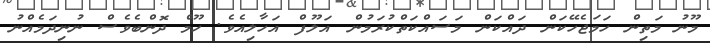
މޫނު މަތިން ހަމަޖެހޭކަން ދައްކަން މަސައްކަތްކުރަމުން އަލޫފް އަހާލިއެވެ. ހޫމް ދޮންބެވެސް ނުނިދަމެއްނު